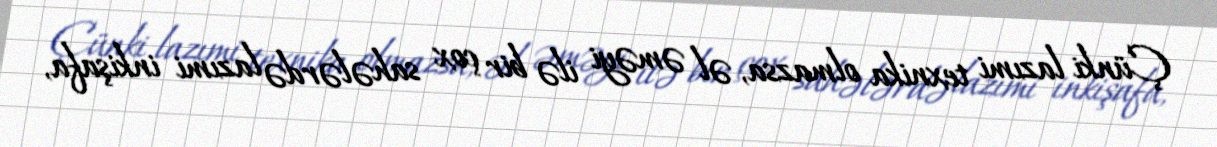
Çünki lazımi texnika olmazsa, əl əməyi ilə bir çox sahələrdə lazımi inkişafa,